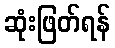
ဆုံးဖြတ်ရန်